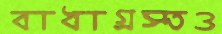
বাধাগ্রস্তও